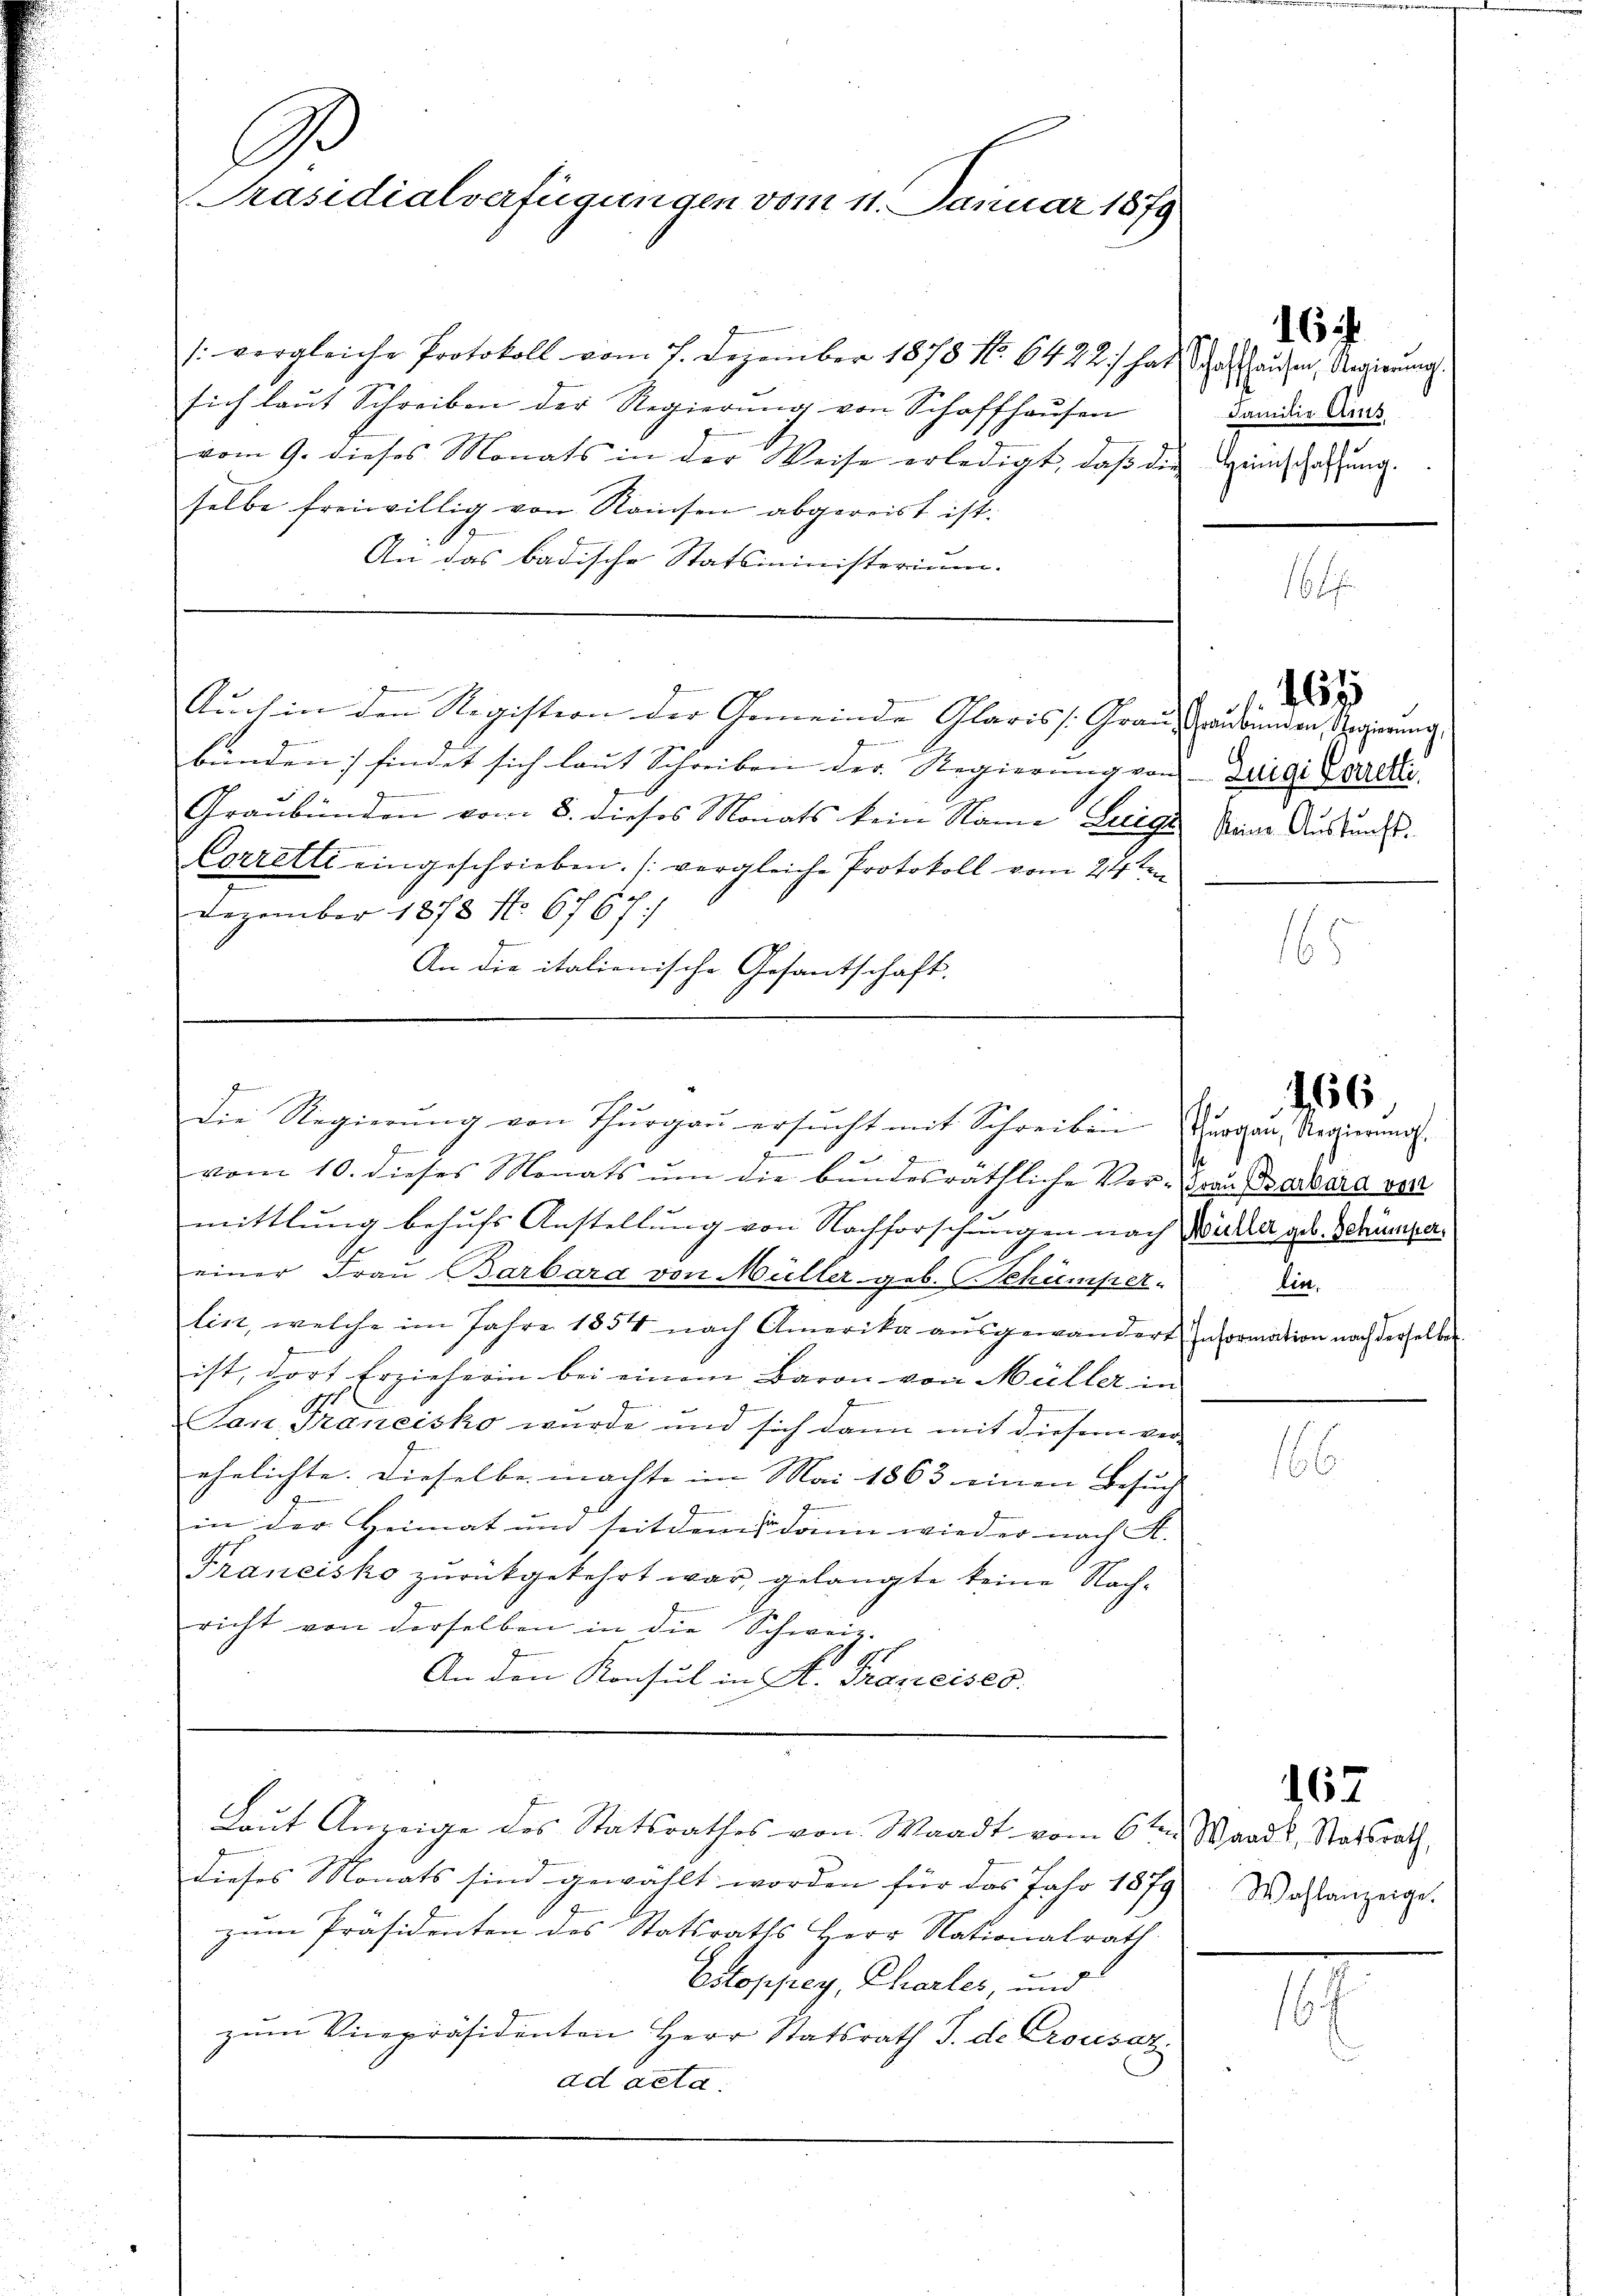
A.
Präsidialverfügungen vom 11. Januar 1879

[vergleiche Protokoll vom 7. Dezember 1878 No. 6422) hat Schausen, Regierung
sich laut Schreiben der Regierung von Schaffhausen
vom 9. dieses Monats in der Weise erledigt, daβ die Hinschaffung.
selbe freiwillig von Ramsen abgereist ist.
E
An das badische Statsministerium.
Auch in den Registion der Gemeinde Glaris Grau, Graubünden Regierung
x
bünden; findet sich laut Schreiben der Regierung von Luigi Caroli
Graubünden vom 8. dieses Monats kein Name Leige
Corretti eingeschrieben. (vergleiche Protokoll vom 24ten
Dezember 1878 No. 6767/
An die italienische Gesantschaft.
l
die Regierŭng von Thŭrgaŭ ersŭcht mit Schreiben wien, Regierung.
2
.
2
vom 10. dieses Monats um die bundesräthliche Ver-Frau Barbara vor
mittlung behufs Anstellung von Nachforschungen nach Willer geb. Schrumpaeiner Frau Barbara von Müller geb. Schumper-
lint, welche im Jahre 1854 nach Amerika aŭsgewandert. Information nach derselben
ist, dort Erzieherin bei einem Baron von Müller in
f
Son Trancisko wurde und sich dann mit diesem ver-
ehelichte. Dieselbe machte im Mai 1863 einen Besuch |
in der Heimat und seitdem dann wieder nach A. |
Francisko zurückgekehrt war, gelangte keine Nachricht von derselben in die Schweiz.
1
An den Konsul in A. Traneises.

Laŭt Anzeige des Statsrathes von Waadt vom 6ten Waadt, Statsrath,

Familie Ains.

dieses Monats sind gewählt worden für das Jahr 1879
zum Präsidenten des Statsraths Herr Nationalrath
Estoppey, Charler, und
zum Vicepräsidenten Herr Statsrath J. de Crousaz.
ad acta.

167

keine Auskunft.

16

s

s

466.

lin.

152

Wahlanzeige.